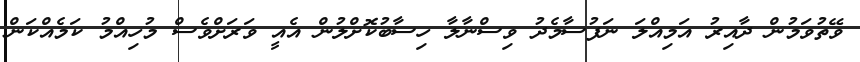
ވޭތުވަމުން ދާއިރު އަމިއްލަ ނަފުސާމެދު ވިސްނާލާ ހިސާބުކޮށްލުން އެއީ ވަރަށްވެސް މުހިއްމު ކަމެއްކަން